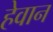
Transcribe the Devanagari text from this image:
हेवान